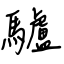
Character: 驢